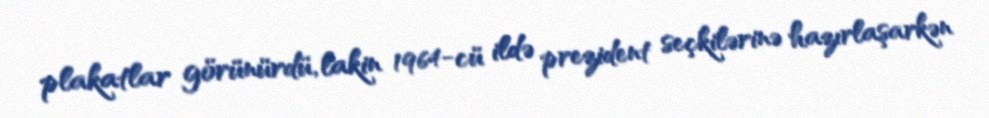
plakatlar görünürdü, lakin 1964-cü ildə prezident seçkilərinə hazırlaşarkən